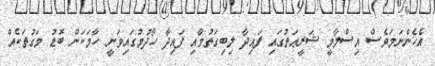
އެހެންނަމަވެސް އިސްލާމީ ޝަރީޢަތުގައި ފައިދާ ލިބިގަތުމާއި ފައިދާ ހޯދުމުގައިވަނީ ހާމަކަން ބޮޑު މަގުތަކެއް